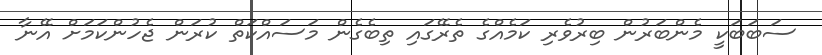
ސަބަބަކީ މެންބަރުން ބިރުވެރި ކަމެއްގެ ތެރޭގައި ތިބެގެން މަސައްކަތް ކުރަން ޖެހުންކަމަށް އޭނާ